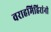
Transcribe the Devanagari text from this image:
वराहमिहिरांनी